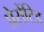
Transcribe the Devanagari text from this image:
प्रेसेंटिड